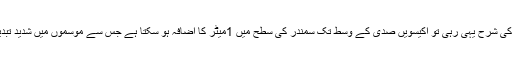
یہ پیش گوئی کی گئی ہے کہ اگر گلوبل وارمنگ میں اضافے کی شرح یہی رہی تو اکیسویں صدی کے وسط تک سمندر کی سطح میں 1میٹر کا اضافہ ہو سکتا ہے جس سے موسموں میں شدید تبدیلی آئے گی اور خشکی کے بڑے حصے زیر آب آ جائیں گے۔